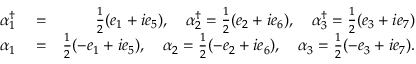
\begin{array} { r l r } { \alpha _ { 1 } ^ { \dagger } } & { { } = } & { \frac { 1 } { 2 } ( e _ { 1 } + i e _ { 5 } ) , \quad \alpha _ { 2 } ^ { \dagger } = \frac { 1 } { 2 } ( e _ { 2 } + i e _ { 6 } ) , \quad \alpha _ { 3 } ^ { \dagger } = \frac { 1 } { 2 } ( e _ { 3 } + i e _ { 7 } ) } \\ { \alpha _ { 1 } } & { { } = } & { \frac { 1 } { 2 } ( - e _ { 1 } + i e _ { 5 } ) , \quad \alpha _ { 2 } = \frac { 1 } { 2 } ( - e _ { 2 } + i e _ { 6 } ) , \quad \alpha _ { 3 } = \frac { 1 } { 2 } ( - e _ { 3 } + i e _ { 7 } ) . } \end{array}